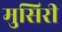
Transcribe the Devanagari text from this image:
मुसिरी